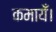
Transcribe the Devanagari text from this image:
कमायेँ।